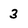
Character: 3